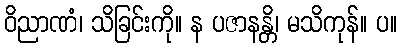
ဝိညာဏံ၊ သိခြင်းကို။ န ပဇာနန္တိ၊ မသိကုန်။ ပ။